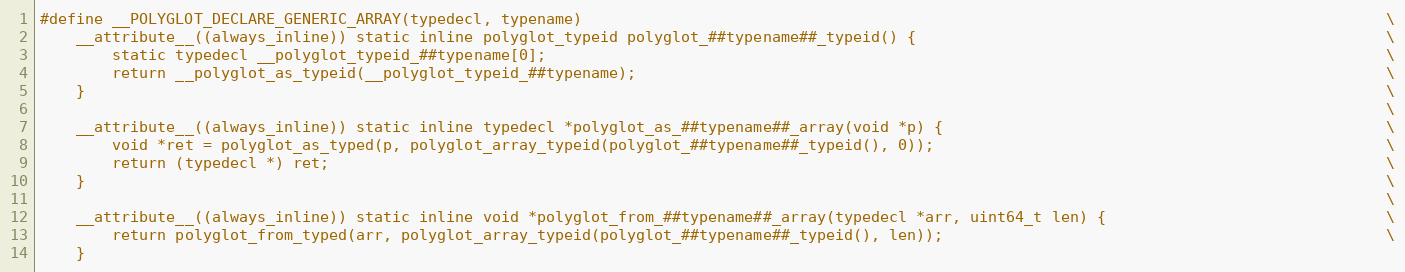
Language: C
#define __POLYGLOT_DECLARE_GENERIC_ARRAY(typedecl, typename)                                                                                         \
    __attribute__((always_inline)) static inline polyglot_typeid polyglot_##typename##_typeid() {                                                    \
        static typedecl __polyglot_typeid_##typename[0];                                                                                             \
        return __polyglot_as_typeid(__polyglot_typeid_##typename);                                                                                   \
    }                                                                                                                                                \
                                                                                                                                                     \
    __attribute__((always_inline)) static inline typedecl *polyglot_as_##typename##_array(void *p) {                                                 \
        void *ret = polyglot_as_typed(p, polyglot_array_typeid(polyglot_##typename##_typeid(), 0));                                                  \
        return (typedecl *) ret;                                                                                                                     \
    }                                                                                                                                                \
                                                                                                                                                     \
    __attribute__((always_inline)) static inline void *polyglot_from_##typename##_array(typedecl *arr, uint64_t len) {                               \
        return polyglot_from_typed(arr, polyglot_array_typeid(polyglot_##typename##_typeid(), len));                                                 \
    }